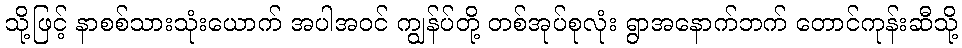
သို့ဖြင့် နာစစ်သားသုံးယောက် အပါအဝင် ကျွန်ပ်တို့ တစ်အုပ်စုလုံး ရွာအနောက်ဘက် တောင်ကုန်းဆီသို့